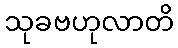
သုခဗဟုလာတိ